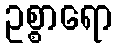
ဥစ္စာရော